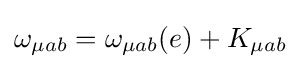
\omega _{\mu ab}=\omega _{\mu ab}(e)+K_{\mu ab}